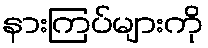
နားကြပ်များကို